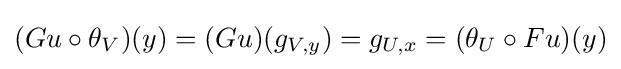
(Gu\circ \theta _{V})(y)=(Gu)(g_{V,y})=g_{U,x}=(\theta _{U}\circ Fu)(y)